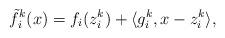
LaTeX: \begin{align*}\tilde{f}^{k}_i(x) = f_i(z^{k}_{i}) + \langle g^{k}_{i}, x - z^k_{i}\rangle,\end{align*}